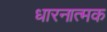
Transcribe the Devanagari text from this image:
धारनात्मक